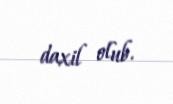
daxil olub.